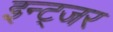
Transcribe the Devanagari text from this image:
इन्ट्जर